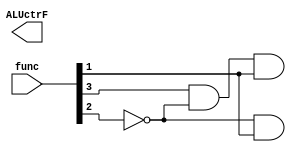
module ALUControl_112(func, ALUctrF);

input[5:0] func;
output[2:0] ALUctrF;

assign ALUctrF[2] = (!func[2] & func[1]);
assign ALUctrF[1] = (func[3] & !func[2] & func[1]);
assign ALuctrF[0] = (!func[3] & !func[2] & !func[0]) + (!func[2] & func[1] & !func[0]);

endmodule